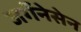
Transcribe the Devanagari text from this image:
जर्गेनेसेन